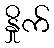
နှိုက်